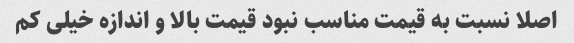
اصلا نسبت به قیمت مناسب نبود قیمت بالا و اندازه خیلی کم